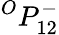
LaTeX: {}^{O}{P}_{1{2}}^{-}